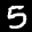
Label: 5